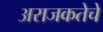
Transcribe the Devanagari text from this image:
अराजकतेचे